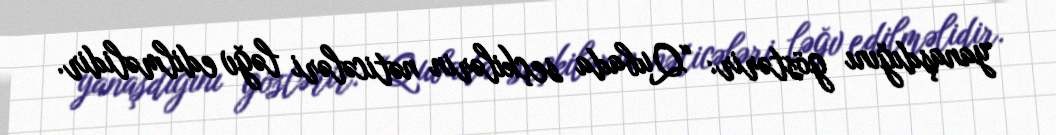
yanaşdığını göstərir: “Qubada seçkilərin nəticələri ləğv edilməlidir.